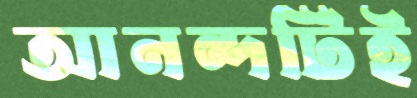
আনন্দটিই